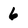
Character: 6